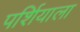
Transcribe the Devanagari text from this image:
पर्शियाला